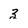
Character: 3